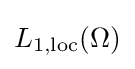
{\textstyle L_{1,{\text{loc}}}(\Omega )}